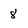
Character: 8